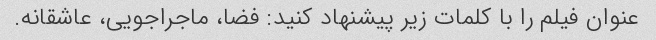
عنوان فیلم را با کلمات زیر پیشنهاد کنید: فضا، ماجراجویی، عاشقانه.